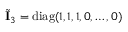
\tilde { \mathbf { I } } _ { 3 } = \mathrm { d i a g } ( 1 , 1 , 1 , 0 , \dots , 0 )